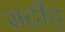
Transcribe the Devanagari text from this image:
सट्रीट्